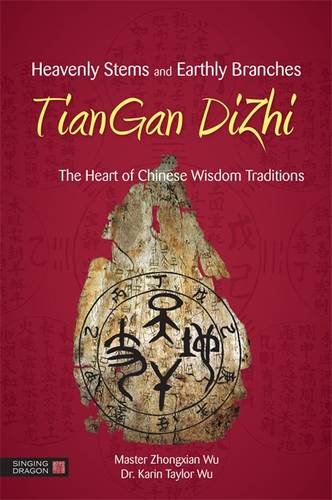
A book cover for Heavenly Stems and Earthly Branches - TianGan DiZhi: The Heart of Chinese Wisdom Traditions; Zhongxian Wu; Science & Math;